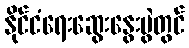
နိုင်ငံရေးဆွေးနွေးပွဲတွင်